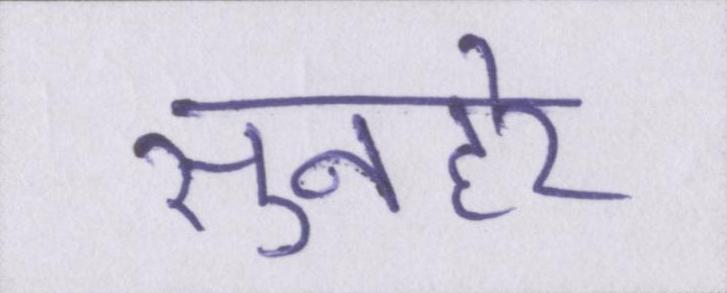
सुनहरे